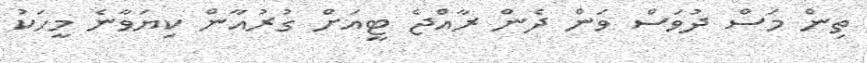
ތިން މަސް ދުވަސް ވަން ދެން ރާއްޖެ ޓީއަށް ގުރުއާން ކިޔަވާނެ މީހަކު